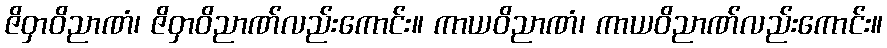
ဇိဝှာဝိညာဏံ၊ ဇိဝှာဝိညာဏ်လည်းကောင်း။ ကာယဝိညာဏံ၊ ကာယဝိညာဏ်လည်းကောင်း။